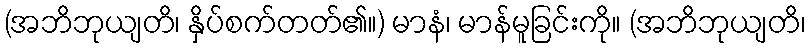
(အဘိဘုယျတိ၊ နှိပ်စက်တတ်၏။) မာနံ၊ မာန်မူခြင်းကို။ (အဘိဘုယျတိ၊